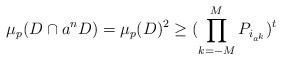
LaTeX: \begin{align*} \mu_{p}(D\cap a^{n}D)=\mu_{p}(D)^{2}\geq (\prod_{k=-M}^{M}P_{i_{a^{k}}})^{t} \end{align*}